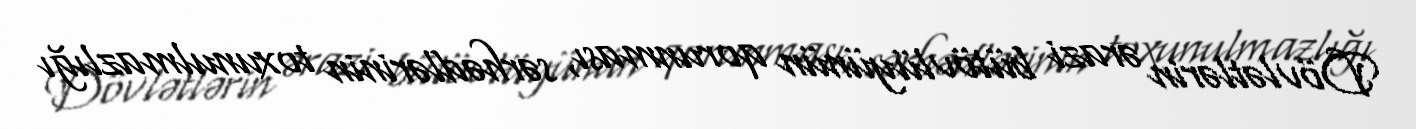
Dövlətlərin ərazi bütövlüyünün qorunması, sərhədlərinin toxunulmazlığı